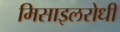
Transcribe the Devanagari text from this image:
मिसाइलरोधी